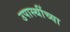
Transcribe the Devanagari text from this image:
उपास्थींच्या